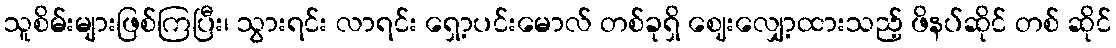
သူစိမ်းများဖြစ်ကြပြီး၊ သွားရင်း လာရင်း ရှော့ပင်းမောလ် တစ်ခုရှိ ဈေးလျှော့ထားသည့် ဖိနပ်ဆိုင် တစ် ဆိုင်